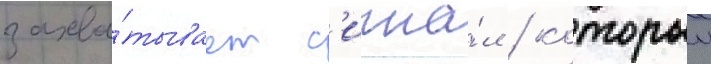
захва́тывает с'игна́л / которыи